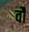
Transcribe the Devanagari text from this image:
वॉै